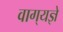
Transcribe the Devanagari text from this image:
वाग्‌यज्ञे